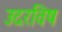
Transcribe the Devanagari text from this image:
उदरविष